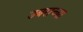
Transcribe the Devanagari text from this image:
उबराच्या